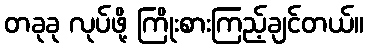
တခုခု လုပ်ဖို့ ကြိုးစားကြည့်ချင်တယ်။